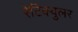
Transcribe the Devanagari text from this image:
रेटिक्युलर